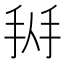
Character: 𢬛